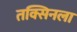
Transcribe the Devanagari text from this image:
तक्सिनला